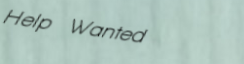
Help Wanted